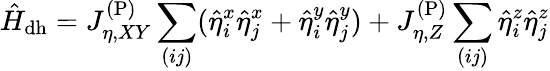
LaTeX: \hat{H}_{\mathrm{dh}}=J_{\eta,XY}^{\mathrm{(P)}}\sum_{(ij)}(\hat{\eta}_{i}^{x}\hat{\eta}_{j}^{x}+\hat{\eta}_{i}^{y}\hat{\eta}_{j}^{y})+J_{\eta,Z}^{\mathrm{(P)}}\sum_{(ij)}\hat{\eta}_{i}^{z}\hat{\eta}_{j}^{z}